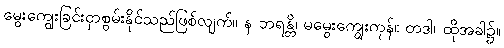
မွေးကျွေးခြင်းငှာစွမ်းနိုင်သည်ဖြစ်လျက်။ န ဘရန္တိ၊ မမွေးကျွေးကုန်။ တဒါ၊ ထိုအခါ၌။